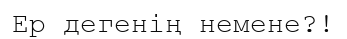
Ер дегенің немене?!